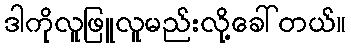
ဒါကိုလူဖြူလူမည်းလို့ခေါ်တယ်။